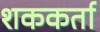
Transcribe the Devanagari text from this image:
शककर्ता